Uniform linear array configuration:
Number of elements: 4
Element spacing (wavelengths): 1
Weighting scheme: kaiser
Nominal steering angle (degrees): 60
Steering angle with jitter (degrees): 58.154
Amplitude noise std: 0.05
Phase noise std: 0.05

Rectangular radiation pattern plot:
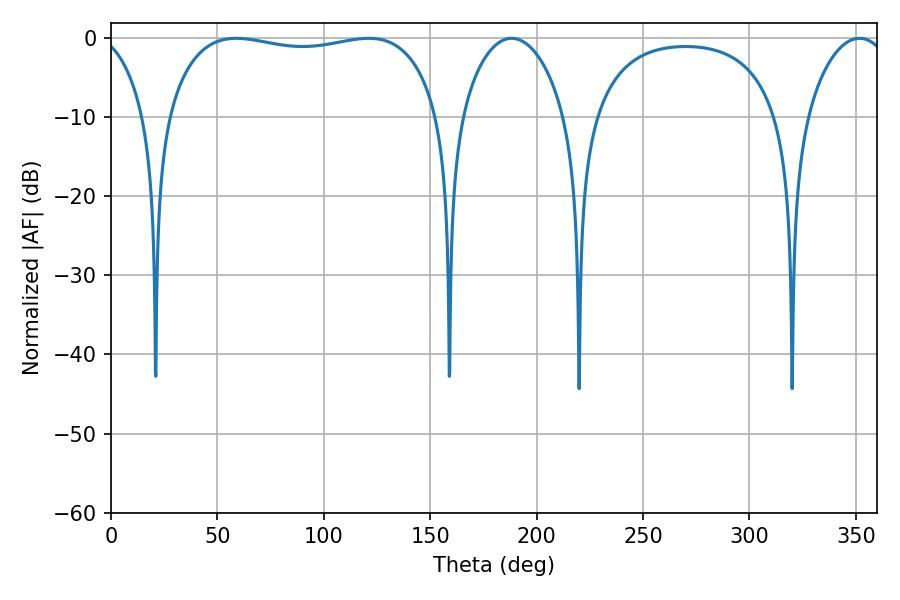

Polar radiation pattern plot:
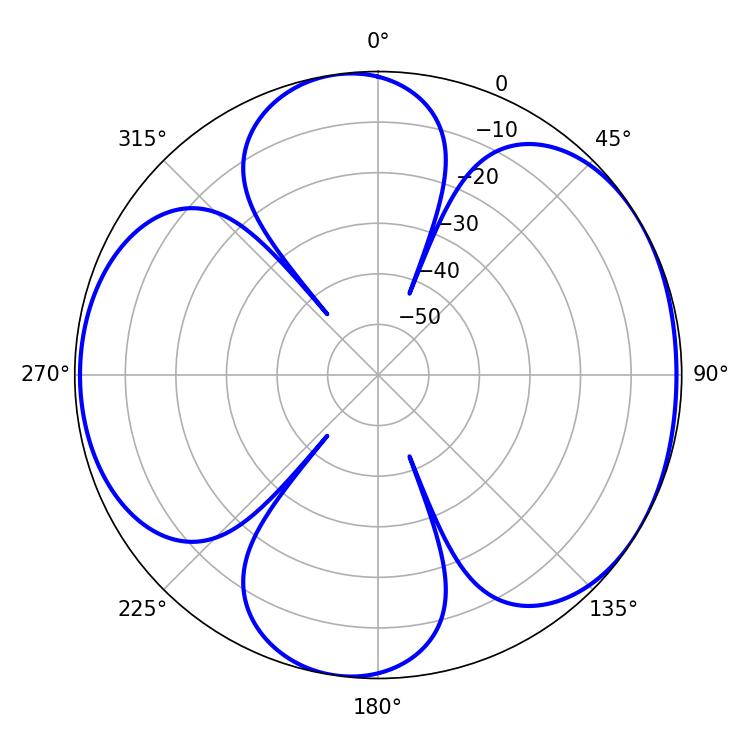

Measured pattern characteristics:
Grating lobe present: TRUE
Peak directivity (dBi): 5.697
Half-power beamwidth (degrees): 27.72
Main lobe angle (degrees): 188.28